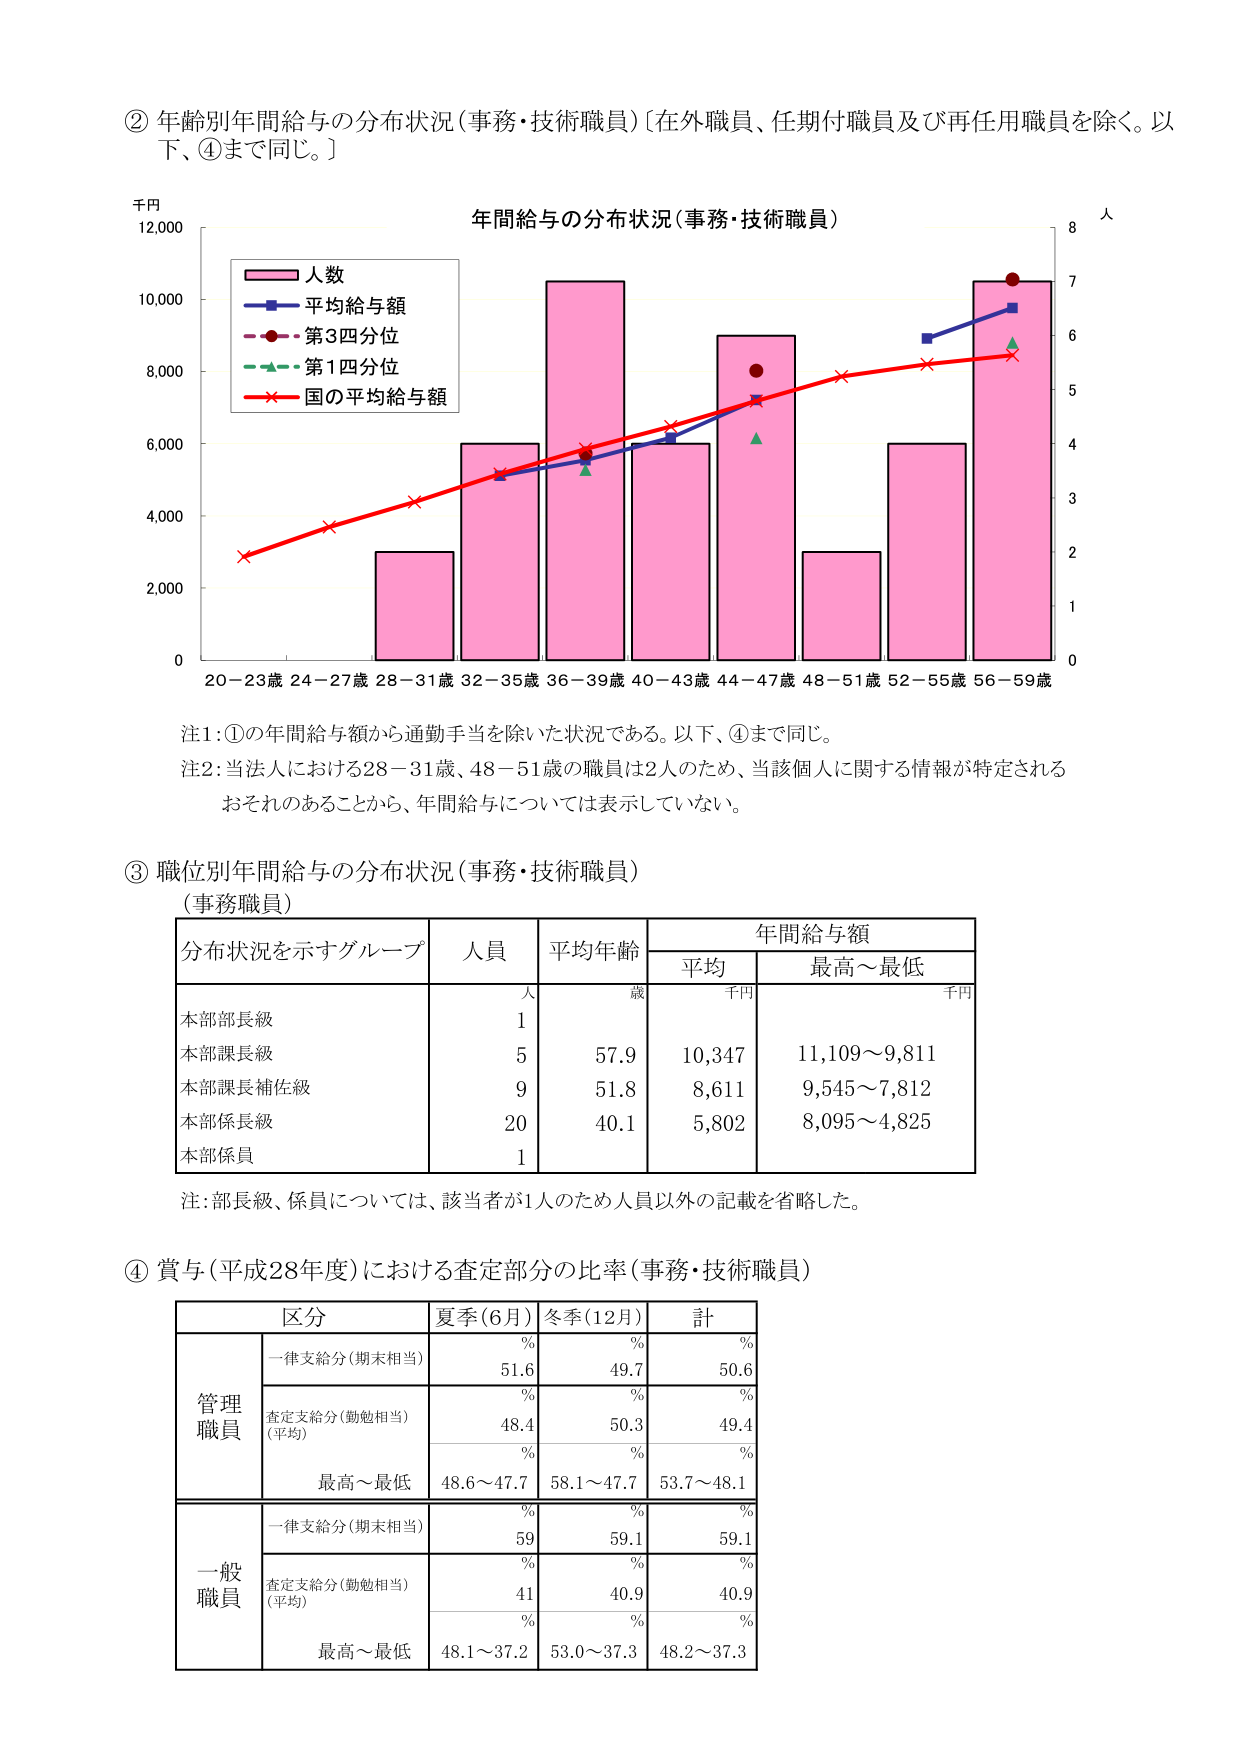
② 年齢別年間給与の分布状況（事務・技術職員）〔在外職員、任期付職員及び再任用職員を除く。以下、④まで同じ。〕

千円
12,000
10,000
8,000
6,000
4,000
2,000
0

年間給与の分布状況（事務・技術職員）

人
8
7
6
5
4
3
2
1
0

20～23歳 24～27歳 28～31歳 32～35歳 36～39歳 40～43歳 44～47歳 48～51歳 52～55歳 56～59歳

■ 人数
■ 平均給与額
■ 第3四分位
■ 第1四分位
■ 国の平均給与額

注1：①の年間給与額から通勤手当を除いた状況である。以下、④まで同じ。
注2：当法人における28～31歳、48～51歳の職員は2人のため、当該個人に関する情報が特定されるおそれのあることから、年間給与については表示していない。

③ 職位別年間給与の分布状況（事務・技術職員）
（事務職員）

分布状況を示すグループ　人員　平均年齢　年間給与額
　　　　　　　　　　　　　人　歳　平均　最高～最低
　　　　　　　　　　　　　　　　千円　千円

本部部長級　　　　　　　1
本部課長級　　　　　　　5　　57.9　　10,347　　11,109～9,811
本部課長補佐級　　　　　9　　51.8　　8,611　　9,545～7,812
本部係長級　　　　　　20　　40.1　　5,802　　8,095～4,825
本部係員　　　　　　　　1

注：部長級、係員については、該当者が1人のため人員以外の記載を省略した。

④ 賞与（平成28年度）における査定部分の比率（事務・技術職員）

区分　夏季（6月）　冬季（12月）　計
　　　%　　%　　%

管理職員
　一律支給分（期末相当）　51.6　　49.7　　50.6
　査定支給分（勤勉相当）　48.4　　50.3　　49.4
　　　（平均）
　最高～最低　48.6～47.7　58.1～47.7　53.7～48.1

一般職員
　一律支給分（期末相当）　59　　59.1　　59.1
　査定支給分（勤勉相当）　41　　40.9　　40.9
　　　（平均）
　最高～最低　48.1～37.2　53.0～37.3　48.2～37.3